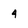
Character: 4